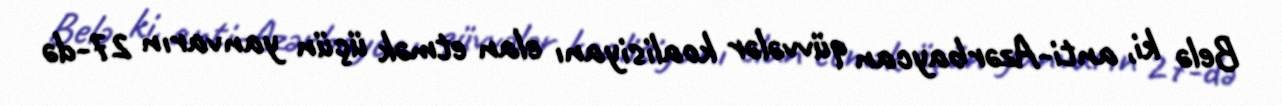
Belə ki, anti-Azərbaycan qüvvələr koalisiyanı elan etmək üçün yanvarın 27-də